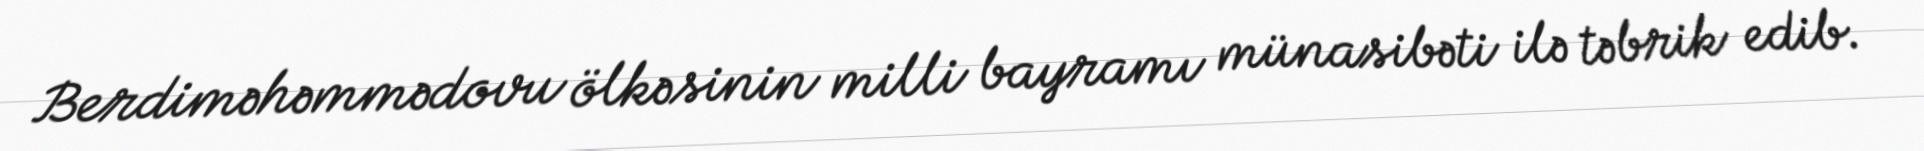
Berdiməhəmmədovu ölkəsinin milli bayramı münasibəti ilə təbrik edib.